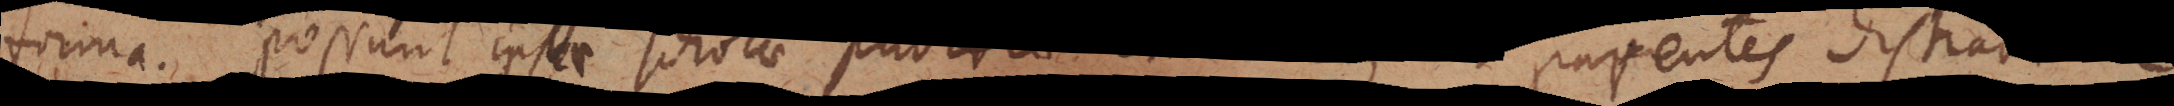
forma. Possunt ipsae scholae publicae emendari, ut parentes distracti ea